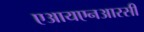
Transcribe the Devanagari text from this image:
एआयएनआरसी